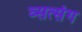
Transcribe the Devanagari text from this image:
व्सत्संग